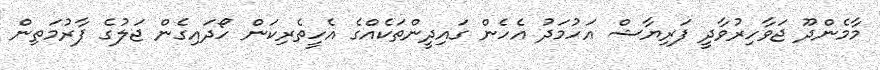
މާމެންދޫ ޖަވާހިރުވާދީ ފަރިޔާޝް އަހުމަދު އެހެން ގައިދީންތަކެއްގެ އެހީތެރިކަން ހޯދައިގެން ޖަލުގެ ފާރުމަތިން